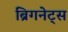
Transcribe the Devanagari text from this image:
ब्रिगनेट्स